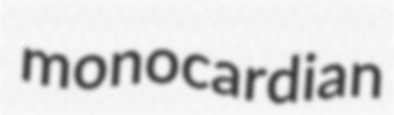
monocardian